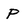
Character: p